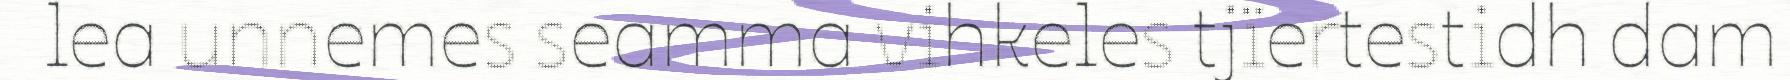
lea unnemes seamma vihkeles tjïertestidh dam